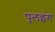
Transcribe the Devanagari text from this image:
पूलइंग